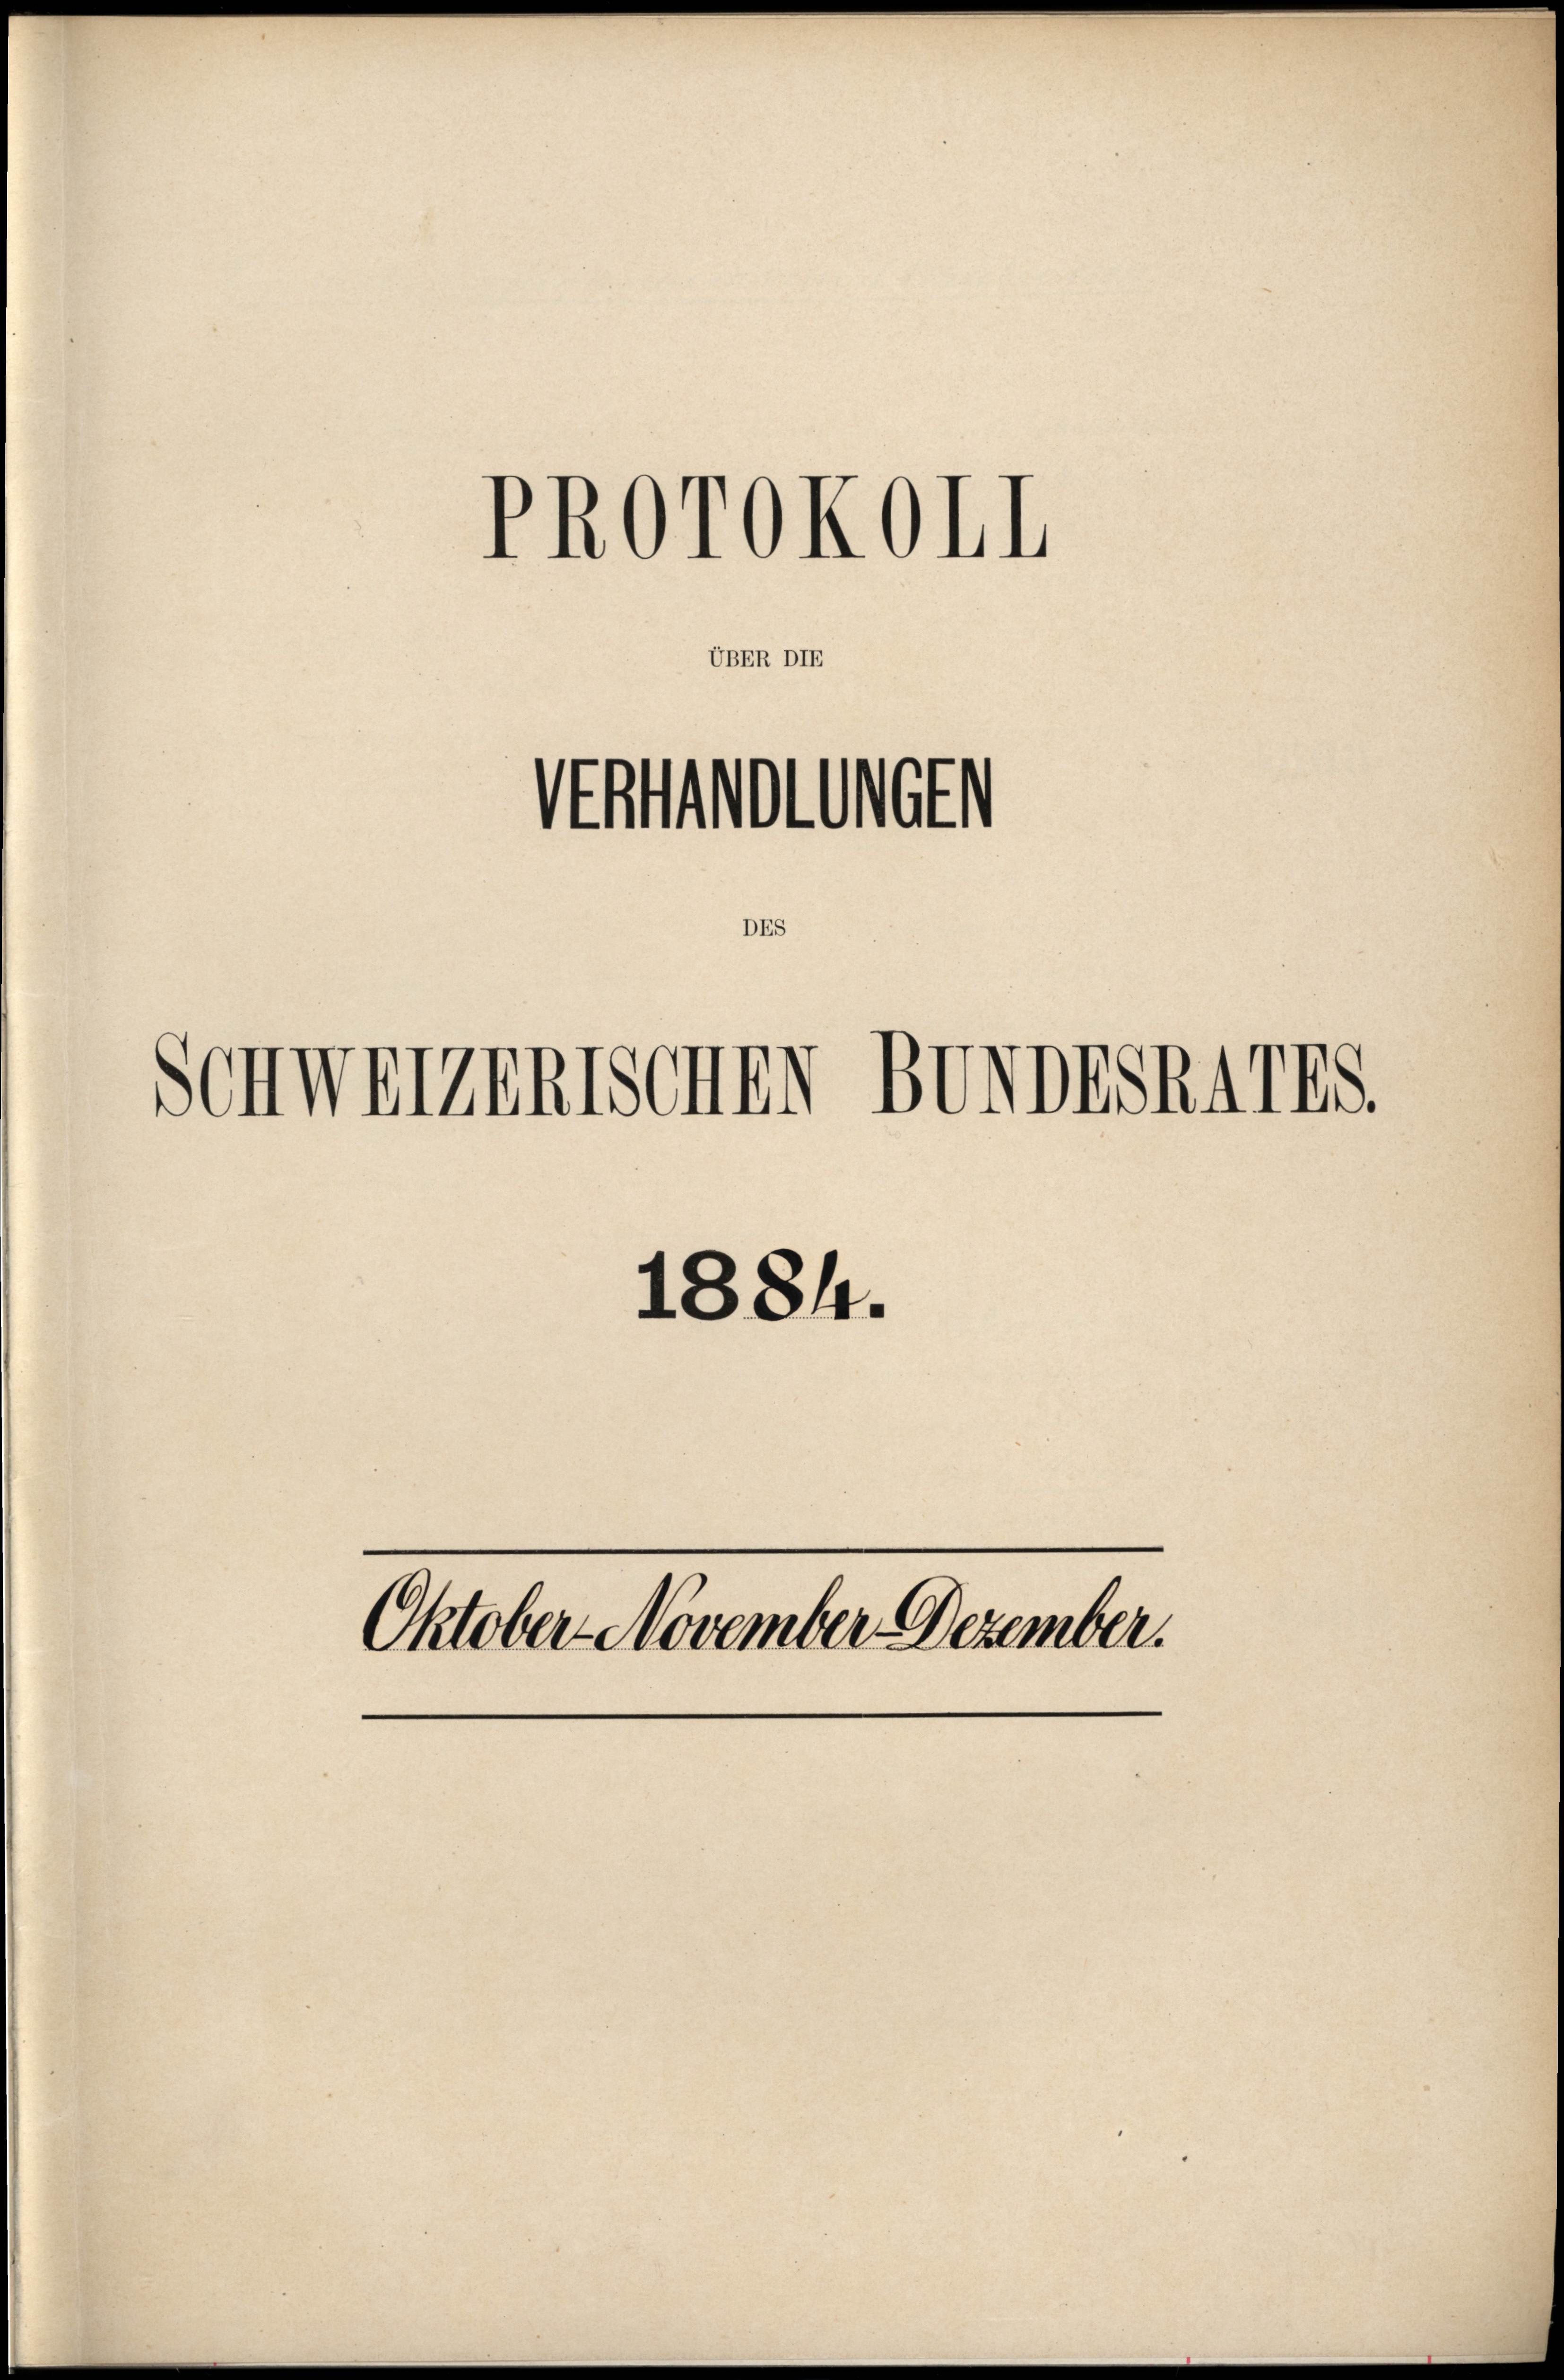
UBER DIE

Stollen

Schwerzentschen

PROrOkOII

DES

1884.
Oktober November Dezember.

BUNDESRATES.